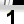
Digit: 1